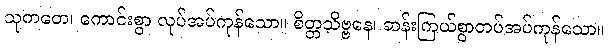
သုကတေ၊ ကောင်းစွာ လုပ်အပ်ကုန်သော။ စိတ္တသိဗ္ဗနေ၊ ဆန်းကြယ်စွာတပ်အပ်ကုန်သော။